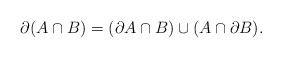
\begin{align*}\partial (A\cap B)=(\partial A\cap B)\cup(A\cap\partial B).\end{align*}